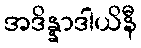
အဒိန္နာဒါယိနီ